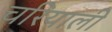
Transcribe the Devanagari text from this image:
चरियाली